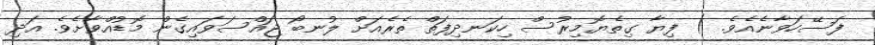
ފަސޭހަވާނެއެވެ. ) ފިޔާ ގިތެޔޮމިރުސް ހިކަނދިފަތް ތެރެއަށް ލުނބޯ ޖައްސަވައިގެން މޮޑުއްވާށެވެ. އަދި